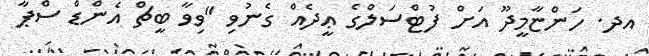
އދ. ހަންޏާމީދޫ އަށް ފުޓްސަލްގެ ޢީދެއް ގެނުވި "ވިވާ ބީޗް އެންޑް ސްޕާ